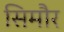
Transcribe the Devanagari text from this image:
सिमौर